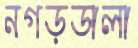
নগড়ডালা